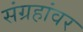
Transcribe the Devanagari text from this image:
संग्रहांवर